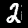
Label: 2